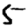
Digit: 5